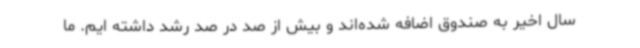
سال اخیر به صندوق اضافه شده‌اند و بیش از صد در صد رشد داشته ایم. ما